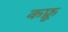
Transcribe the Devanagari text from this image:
कफ्रू